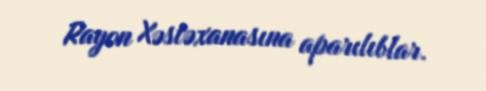
Rayon Xəstəxanasına aparılıblar.